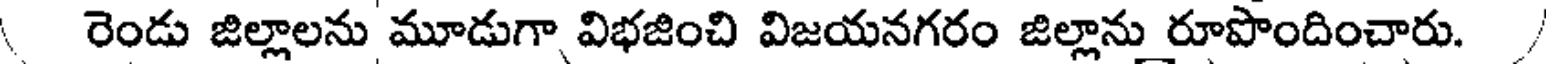
రెండు జిల్లాలను మూడుగా విభజించి విజయనగరం జిల్లాను రూపొందించారు.